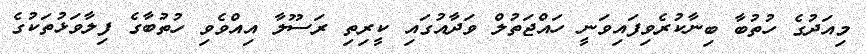
މިއަދުގެ ހުތުބާ ބިނާކުރެވިފައިވަނީ ހައްޖަތުލް ވަދާއުގައި ކީރިތި ރަސޫލާ އިއްވެވި ހުތުބާގެ ފިލާވަޅުތަކުގެ